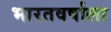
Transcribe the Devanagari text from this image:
भारतवर्षाला